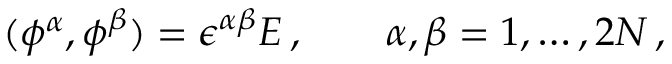
( \phi ^ { \alpha } , \phi ^ { \beta } ) = \epsilon ^ { \alpha \beta } E \, , \qquad \alpha , \beta = 1 , \dots , 2 N \, ,